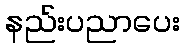
နည်းပညာပေး